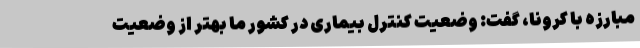
مبارزه با کرونا، گفت: وضعیت کنترل بیماری در کشور ما بهتر از وضعیت